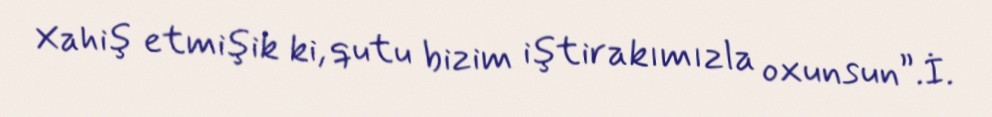
Xahiş etmişik ki, qutu bizim iştirakımızla oxunsun”.İ.